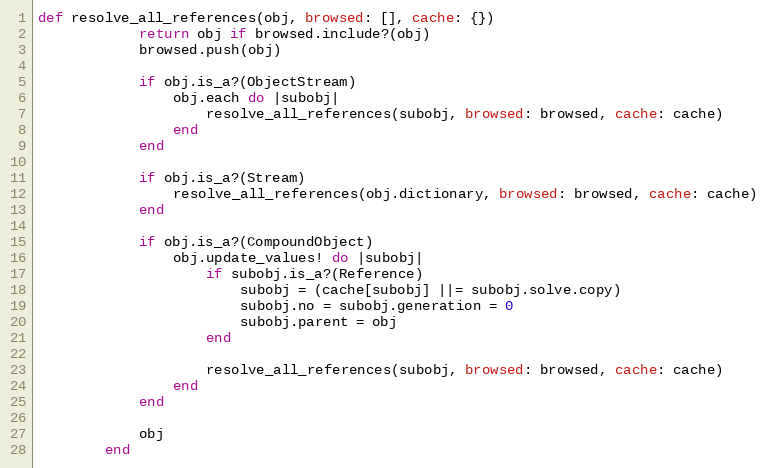
Language: Ruby
def resolve_all_references(obj, browsed: [], cache: {})
            return obj if browsed.include?(obj)
            browsed.push(obj)

            if obj.is_a?(ObjectStream)
                obj.each do |subobj|
                    resolve_all_references(subobj, browsed: browsed, cache: cache)
                end
            end

            if obj.is_a?(Stream)
                resolve_all_references(obj.dictionary, browsed: browsed, cache: cache)
            end

            if obj.is_a?(CompoundObject)
                obj.update_values! do |subobj|
                    if subobj.is_a?(Reference)
                        subobj = (cache[subobj] ||= subobj.solve.copy)
                        subobj.no = subobj.generation = 0
                        subobj.parent = obj
                    end

                    resolve_all_references(subobj, browsed: browsed, cache: cache)
                end
            end

            obj
        end